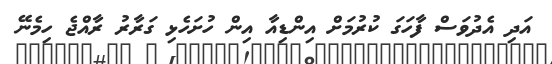
އަދި އެދުވަސް ފާހަގަ ކުރުމަށް އިންޑިއާ އިން ހުށަހެޅި ގަރާރު ރާއްޖެ ހިމެނޭ